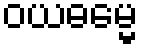
ဝယဓမ္မေ